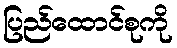
ပြည်ထောင်စုကို